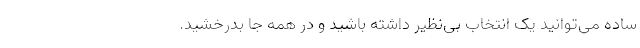
ساده می‌توانید یک انتخاب بی‌نظیر داشته باشید و در همه جا بدرخشید.